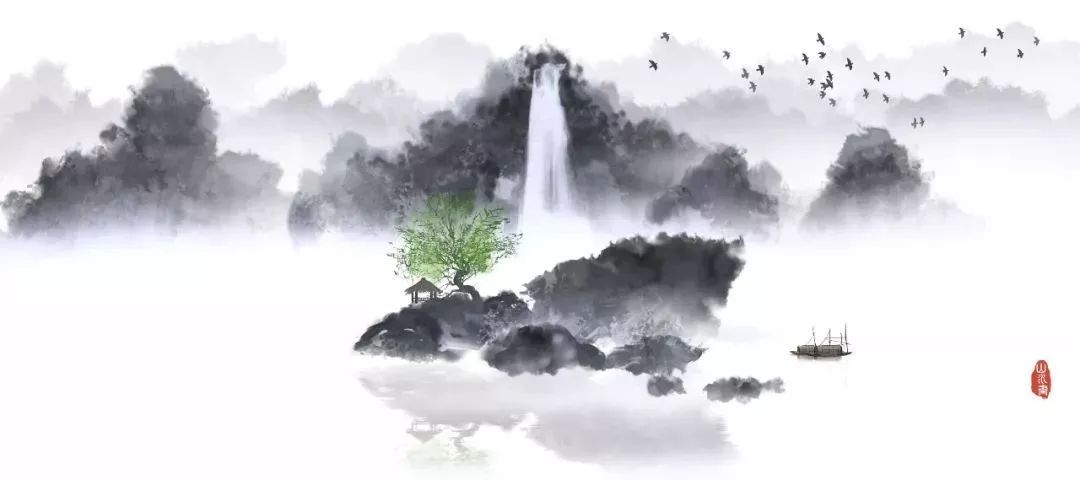
不忍登高临远，望故乡渺邈，归思难收。